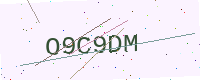
Text: O9C9DM